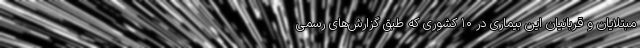
مبتلایان و قربانیان این بیماری در ۱۰ کشوری که طبق گزارش‌های رسمی